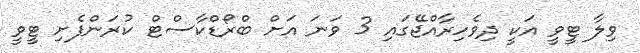
ވިލާ ޓީވީ އަކީ ދިވެހިރާއްޖޭގައި 3 ވަނަ އަށް ބްރޯޑްކާސްޓް ކުރަންފެށި ޓީވީ